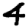
Digit: 4